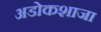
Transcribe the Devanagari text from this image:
अडोकशाजा